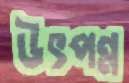
উৎপন্ন